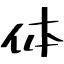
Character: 体